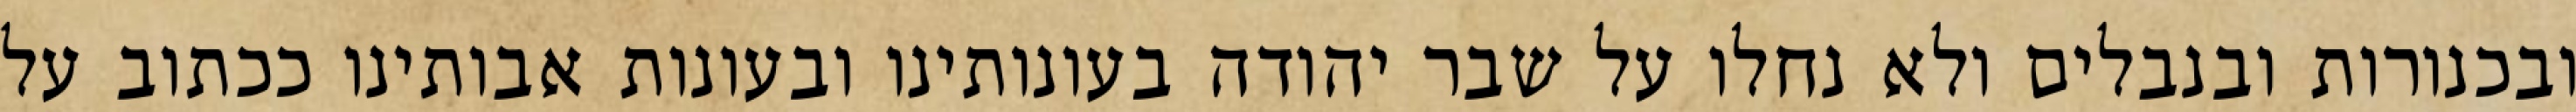
ובכנורות ובנבלים ולא נחלו על שבר יהודה בעונותינו ובעונות אבותינו ככתוב על